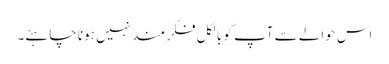
اس حوالے سے آپ کو بالکل فکر مند نہیں ہونا چاہئے۔